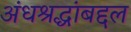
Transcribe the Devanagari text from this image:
अंधश्रद्धांबद्दल